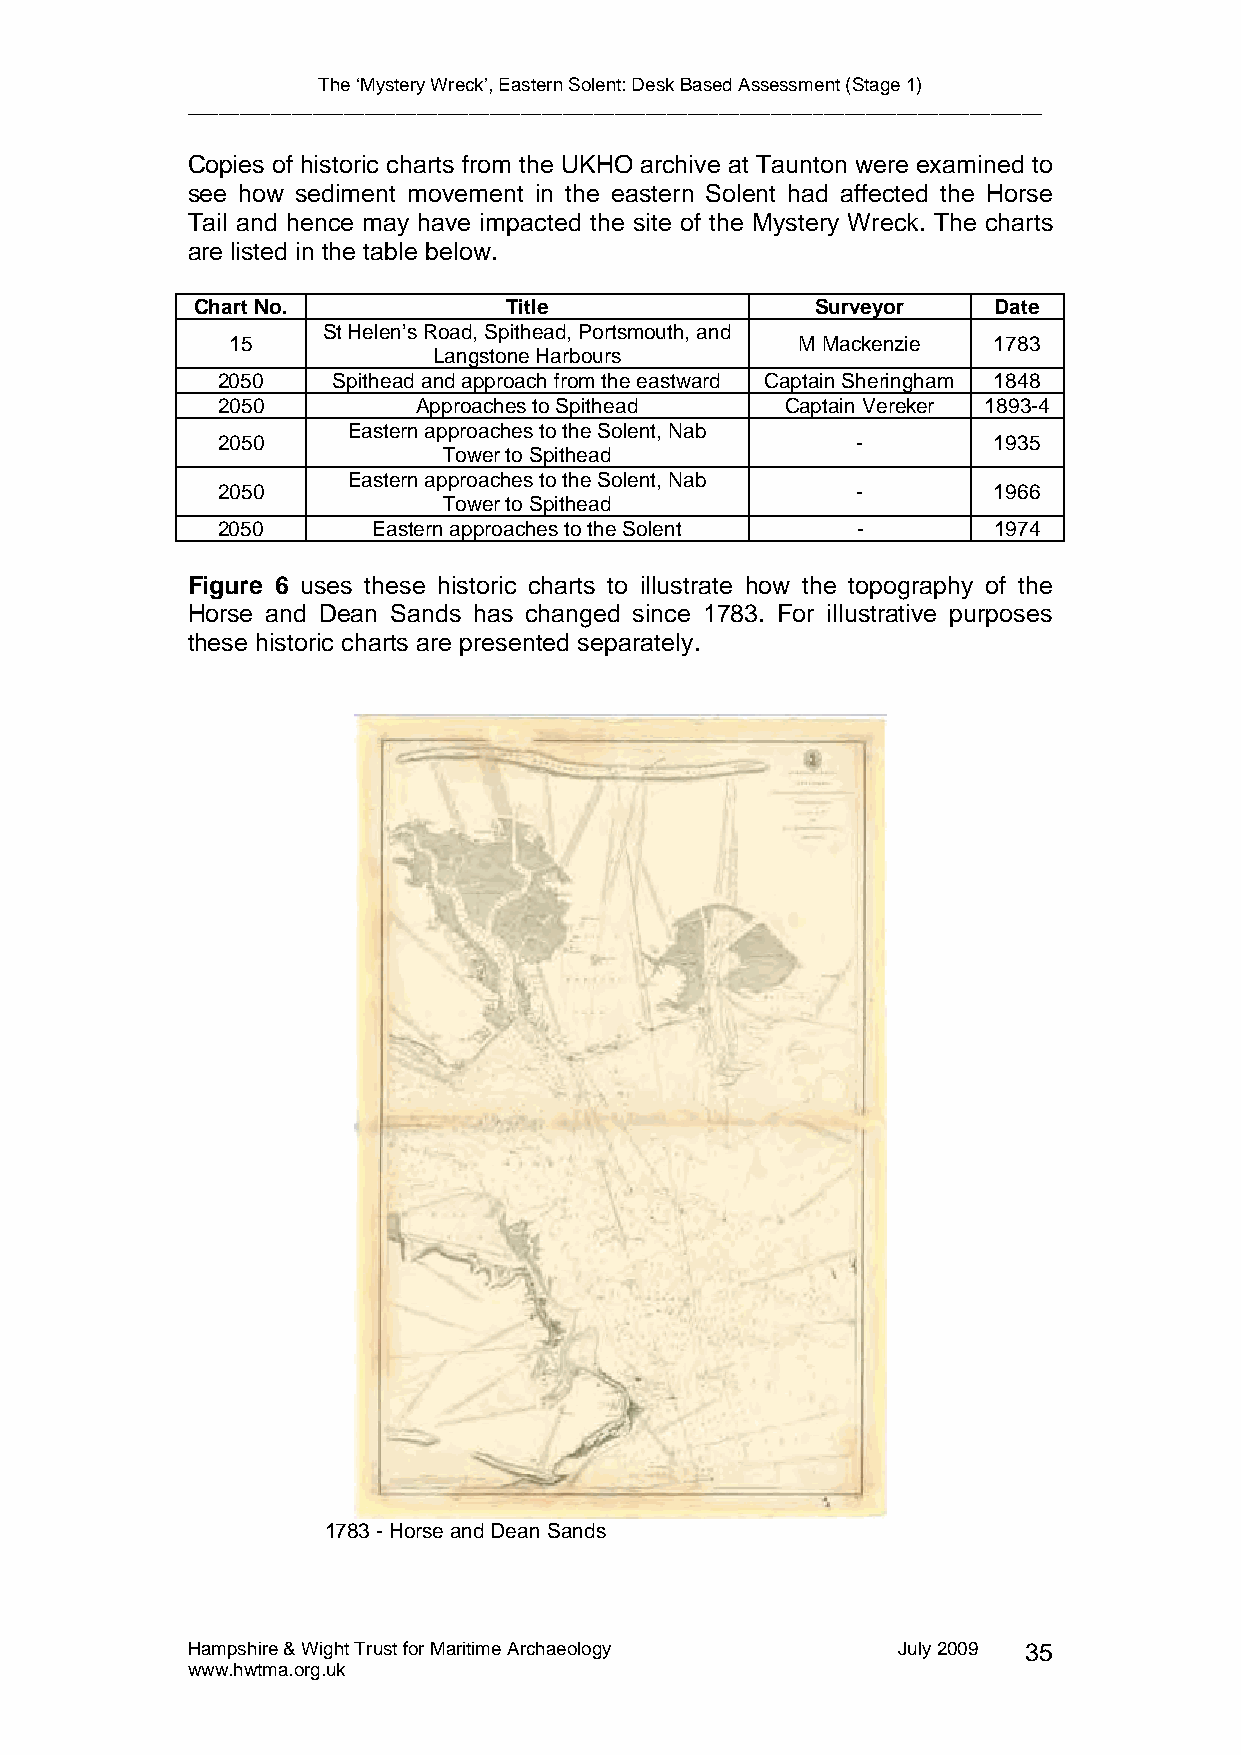
The ‘Mystery Wreck’, Eastern Solent: Desk Based Assessment (Stage 1)
 __________________________________________________________________________________
 Copies of historic charts from the UKHO archive at Taunton were examined to
 see how sediment movement in the eastern Solent had affected the Horse
 Tail and hence may have impacted the site of the Mystery Wreck. The charts
 are listed in the table below.
 Chart No.           Title                Surveyor    Date
 St Helen’s Road, Spithead, Portsmouth, and
 15                                    M Mackenzie  1783
 Langstone Harbours
 2050    Spithead and approach from the eastward Captain Sheringham 1848
 2050          Approaches to Spithead  Captain Vereker 1893-4
 Eastern approaches to the Solent, Nab
 2050                                       -        1935
 Tower to Spithead
 Eastern approaches to the Solent, Nab
 2050                                       -        1966
 Tower to Spithead
 2050       Eastern approaches to the Solent -       1974
 Figure 6 uses these historic charts to illustrate how the topography of the
 Horse and Dean Sands has changed since 1783. For illustrative purposes
 these historic charts are presented separately.
 1783 - Horse and Dean Sands
 Hampshire & Wight Trust for Maritime Archaeology July 2009 35
 www.hwtma.org.uk